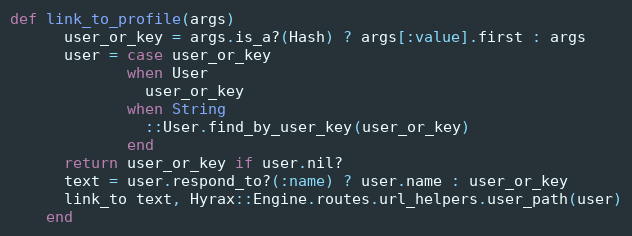
Language: Ruby
def link_to_profile(args)
      user_or_key = args.is_a?(Hash) ? args[:value].first : args
      user = case user_or_key
             when User
               user_or_key
             when String
               ::User.find_by_user_key(user_or_key)
             end
      return user_or_key if user.nil?
      text = user.respond_to?(:name) ? user.name : user_or_key
      link_to text, Hyrax::Engine.routes.url_helpers.user_path(user)
    end